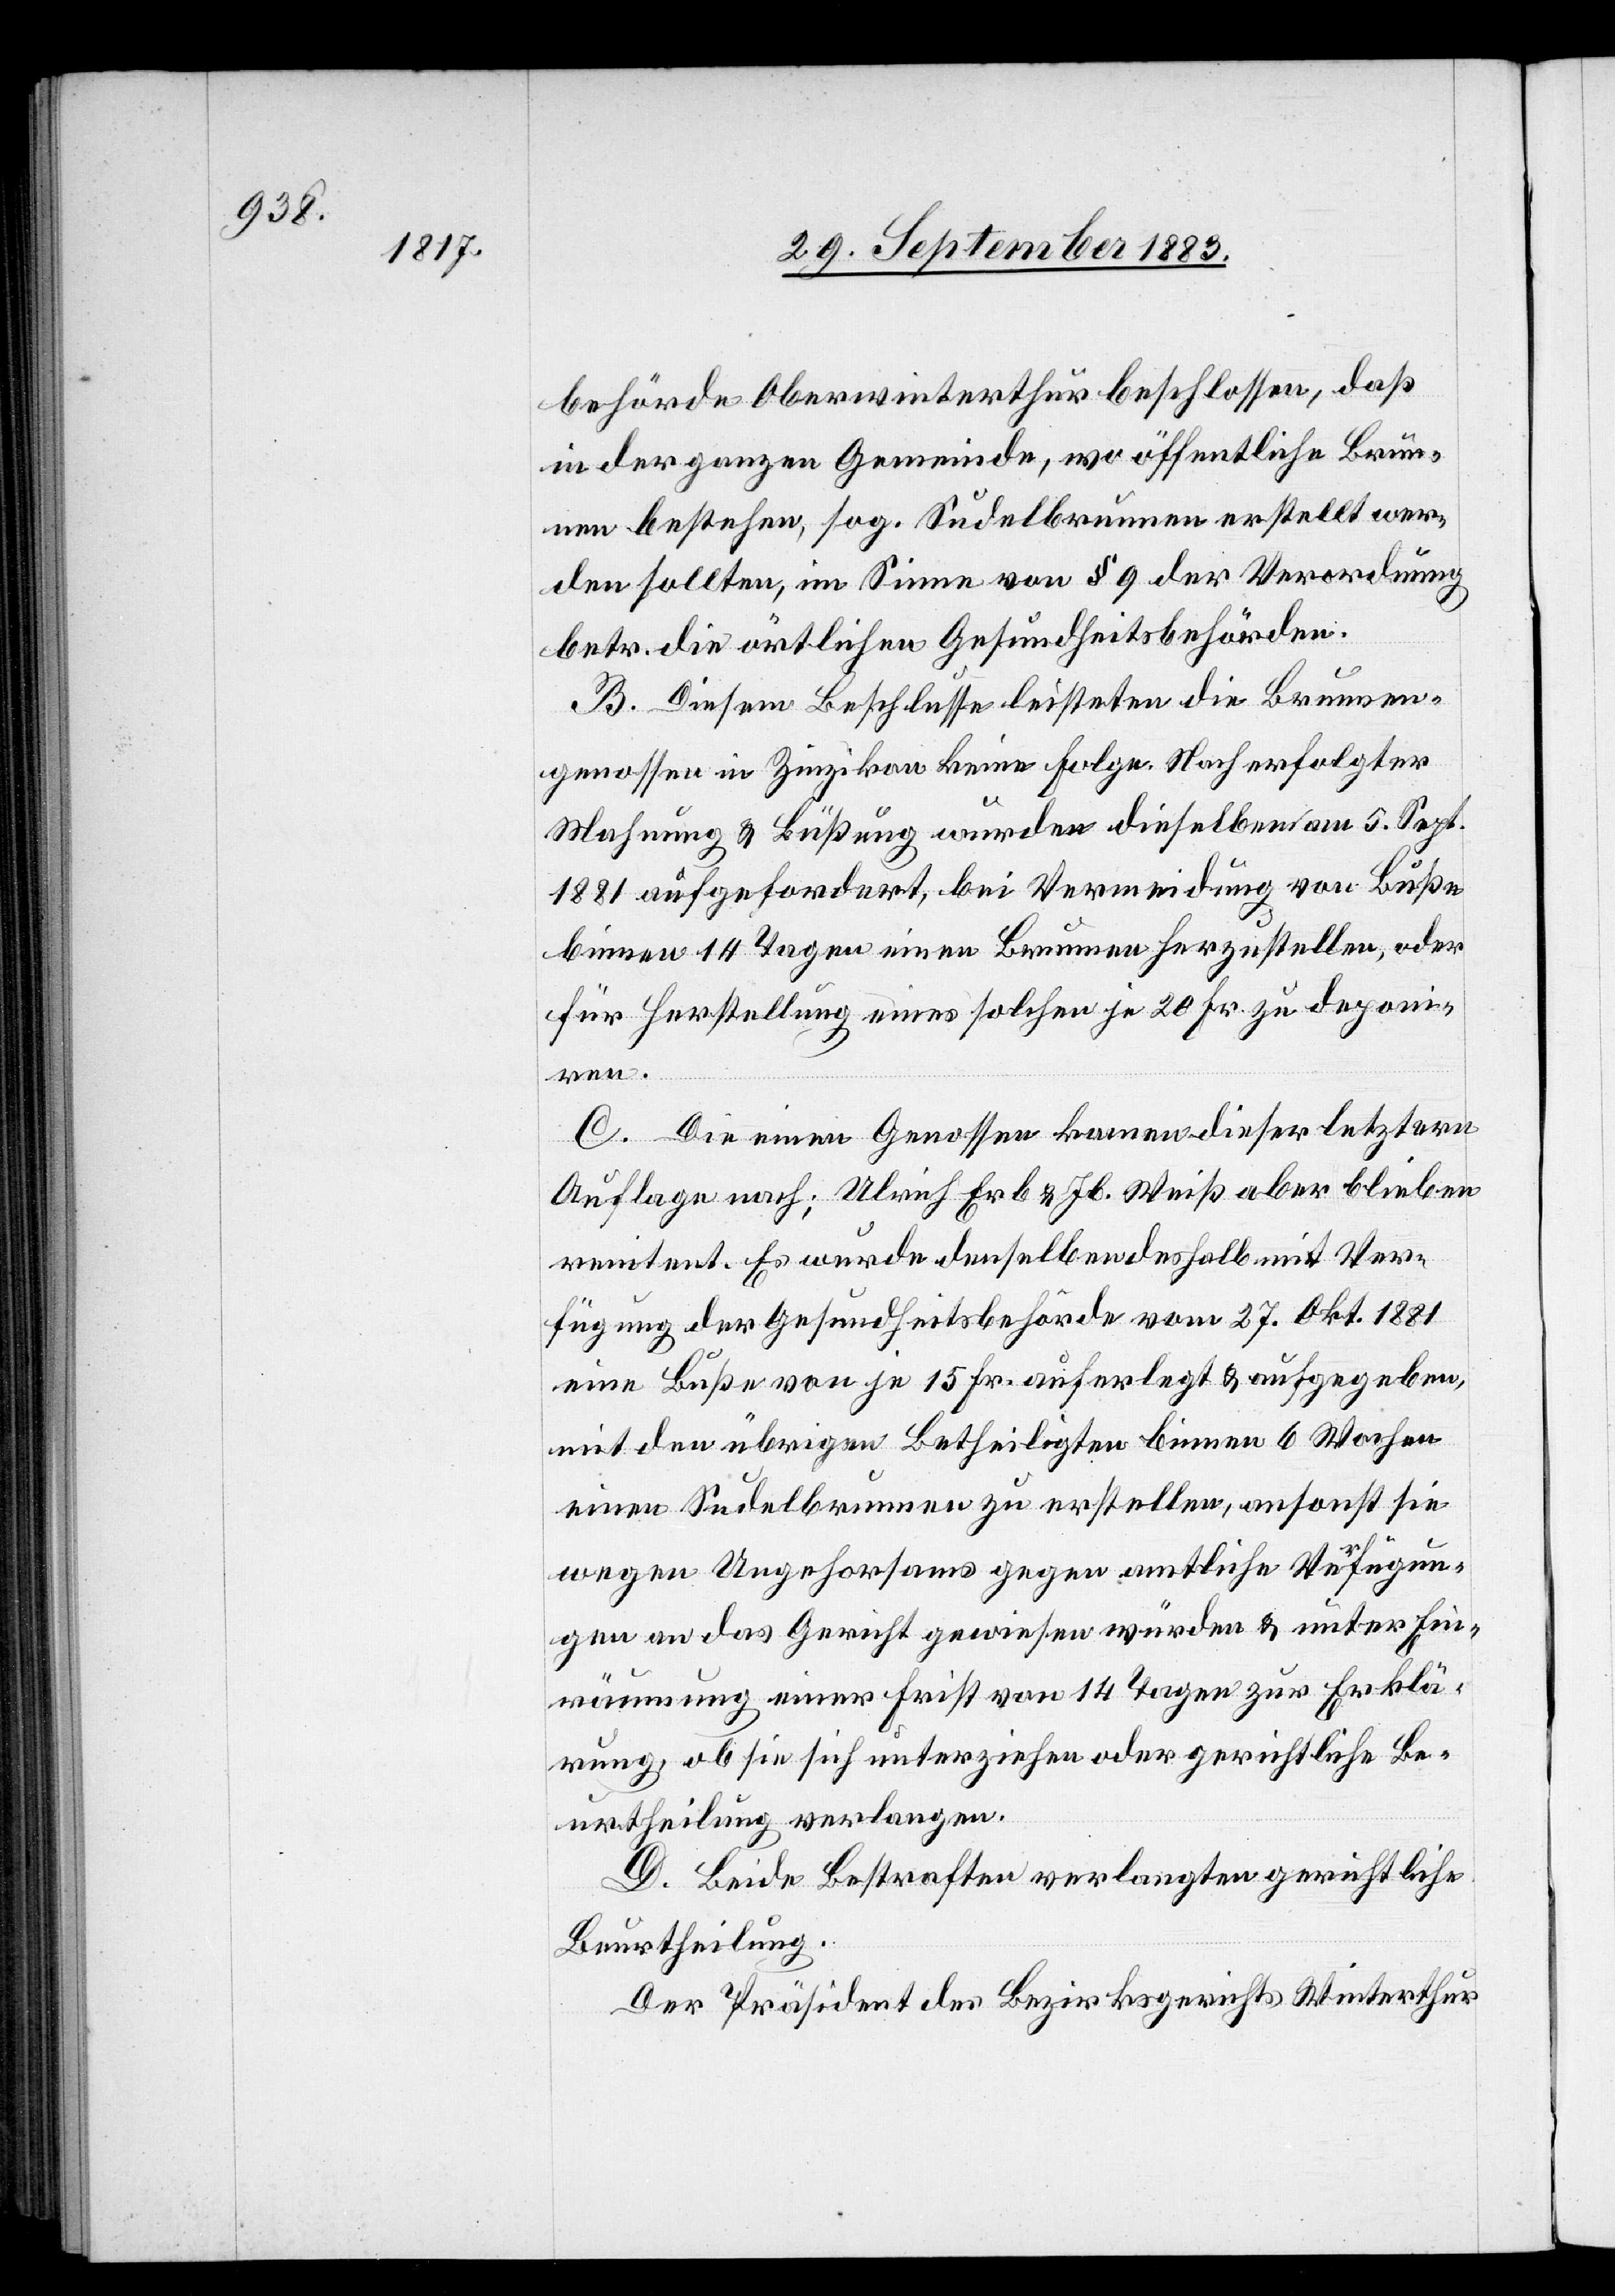
behörde Oberwinterthur beschlossen, daß
in der ganzen Gemeinde, wo öffentliche Brun¬
nen bestehen, sog. Sudelbrunnen erstellt wer¬
den sollten, im Sinne von § 9 der Verordnung
betr. die örtlichen Gesundheitsbehörden.
B. Diesem Beschlusse leisteten die Brunnen¬
genossen in Zinzikon keine Folge. Nach erfolgter
Mahnung & Büßung wurden dieselben am 5. Sept.
1881 aufgefordert, bei Vermeidung von Buße
binnen 14 Tagen einen Brunnen herzustellen, oder
für Herstellung eines solchen je 20 Fr. zu deponi¬
ren.
C. Die einen Genossen kamen dieser letztern
Auflage nach; Ulrich Erb & Jb. Weiß aber blieben
renitent. Es wurde denselben deshalb mit Ver¬
fügung der Gesundheitsbehörde vom 27. Okt. 1881
eine Buße von je 15 Fr. auferlegt & aufgegeben,
mit den übrigen Betheiligten binnen 6 Wochen
einen Sudelbrunnen zu erstellen, ansonst sie
wegen Ungehorsams gegen amtliche Verfügun¬
gen an das Gericht gewiesen würden & unter Ein¬
räumung einer Frist von 14 Tagen zur Erklä¬
rung, ob sie sich unterziehen oder gerichtliche Be¬
urtheilung verlangen.
D. Beide Bestraften verlangten gerichtliche
Beurtheilung.
Der Präsident des Bezirksgerichts Winterthur